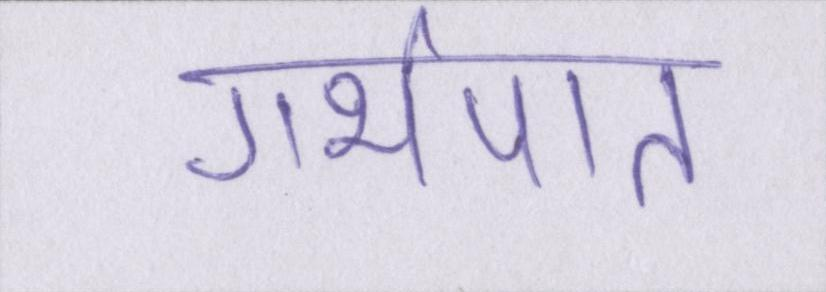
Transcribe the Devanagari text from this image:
गर्भपात